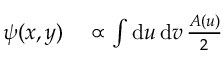
\begin{array} { r l } { \psi ( x , y ) } & { { } \propto \int \mathrm { d } u \, \mathrm { d } v \, \frac { A ( u ) } { 2 } } \end{array}